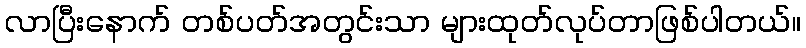
လာပြီးနောက် တစ်ပတ်အတွင်းသာ များထုတ်လုပ်တာဖြစ်ပါတယ်။